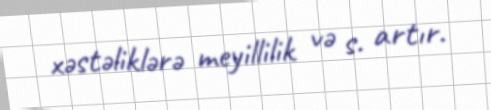
xəstəliklərə meyillilik və s. artır.